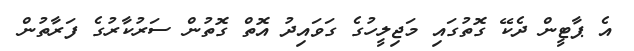
އެ ޕާޓީން ދެކޭ ގޮތުގައި މަޖިލީހުގެ ގަވައިދު އޮތް ގޮތުން ސަރުކާރުގެ ފަރާތުން